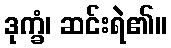
ဒုက္ခံ၊ ဆင်းရဲ၏။